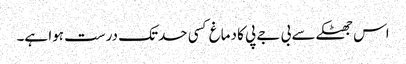
اس جھٹکے سے بی جے پی کا دماغ کسی حدتک درست ہوا ہے۔